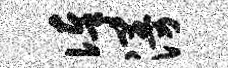
俸漫